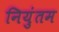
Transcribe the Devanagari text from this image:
नियुंतम